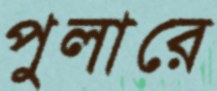
পুলারে